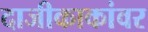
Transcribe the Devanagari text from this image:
दाजीकाकांवर